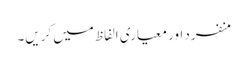
منفرد اور معیاری الفاظ میں کریں۔